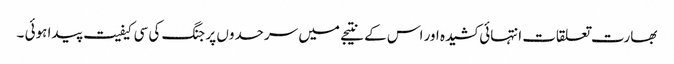
بھارت تعلقات انتہائی کشیدہ اور اس کے نتیجے میں سرحدوں پر جنگ کی سی کیفیت پیدا ہوئی ۔